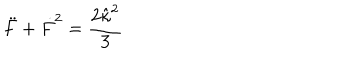
\ddot { F } + \dot { F } ^ { 2 } = \frac { 2 \hat { \kappa } ^ { 2 } } { 3 }